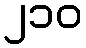
၂၁၀